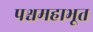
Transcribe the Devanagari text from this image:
पश्चमहाभूत